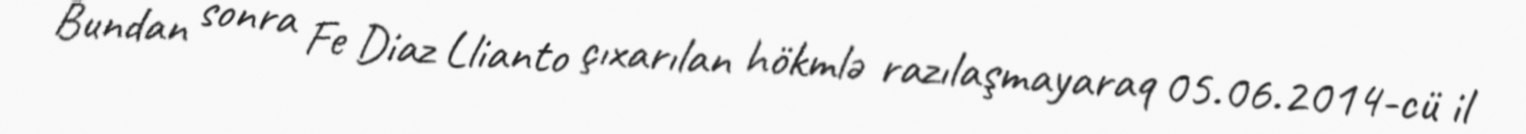
Bundan sonra Fe Diaz Llianto çıxarılan hökmlə razılaşmayaraq 05.06.2014-cü il